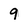
Character: 9